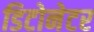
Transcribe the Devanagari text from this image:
डिटोनेटर